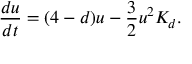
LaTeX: \frac { d u } { d t } = ( 4 - d ) u - \frac { 3 } { 2 } u ^ { 2 } K _ { d } .